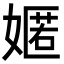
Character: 嫟